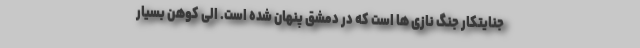
جنایتکار جنگ نازی ها است که در دمشق پنهان شده است. الی کوهن بسیار